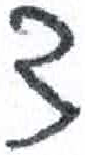
אות: צ